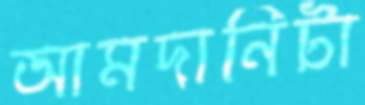
আমদানিটা